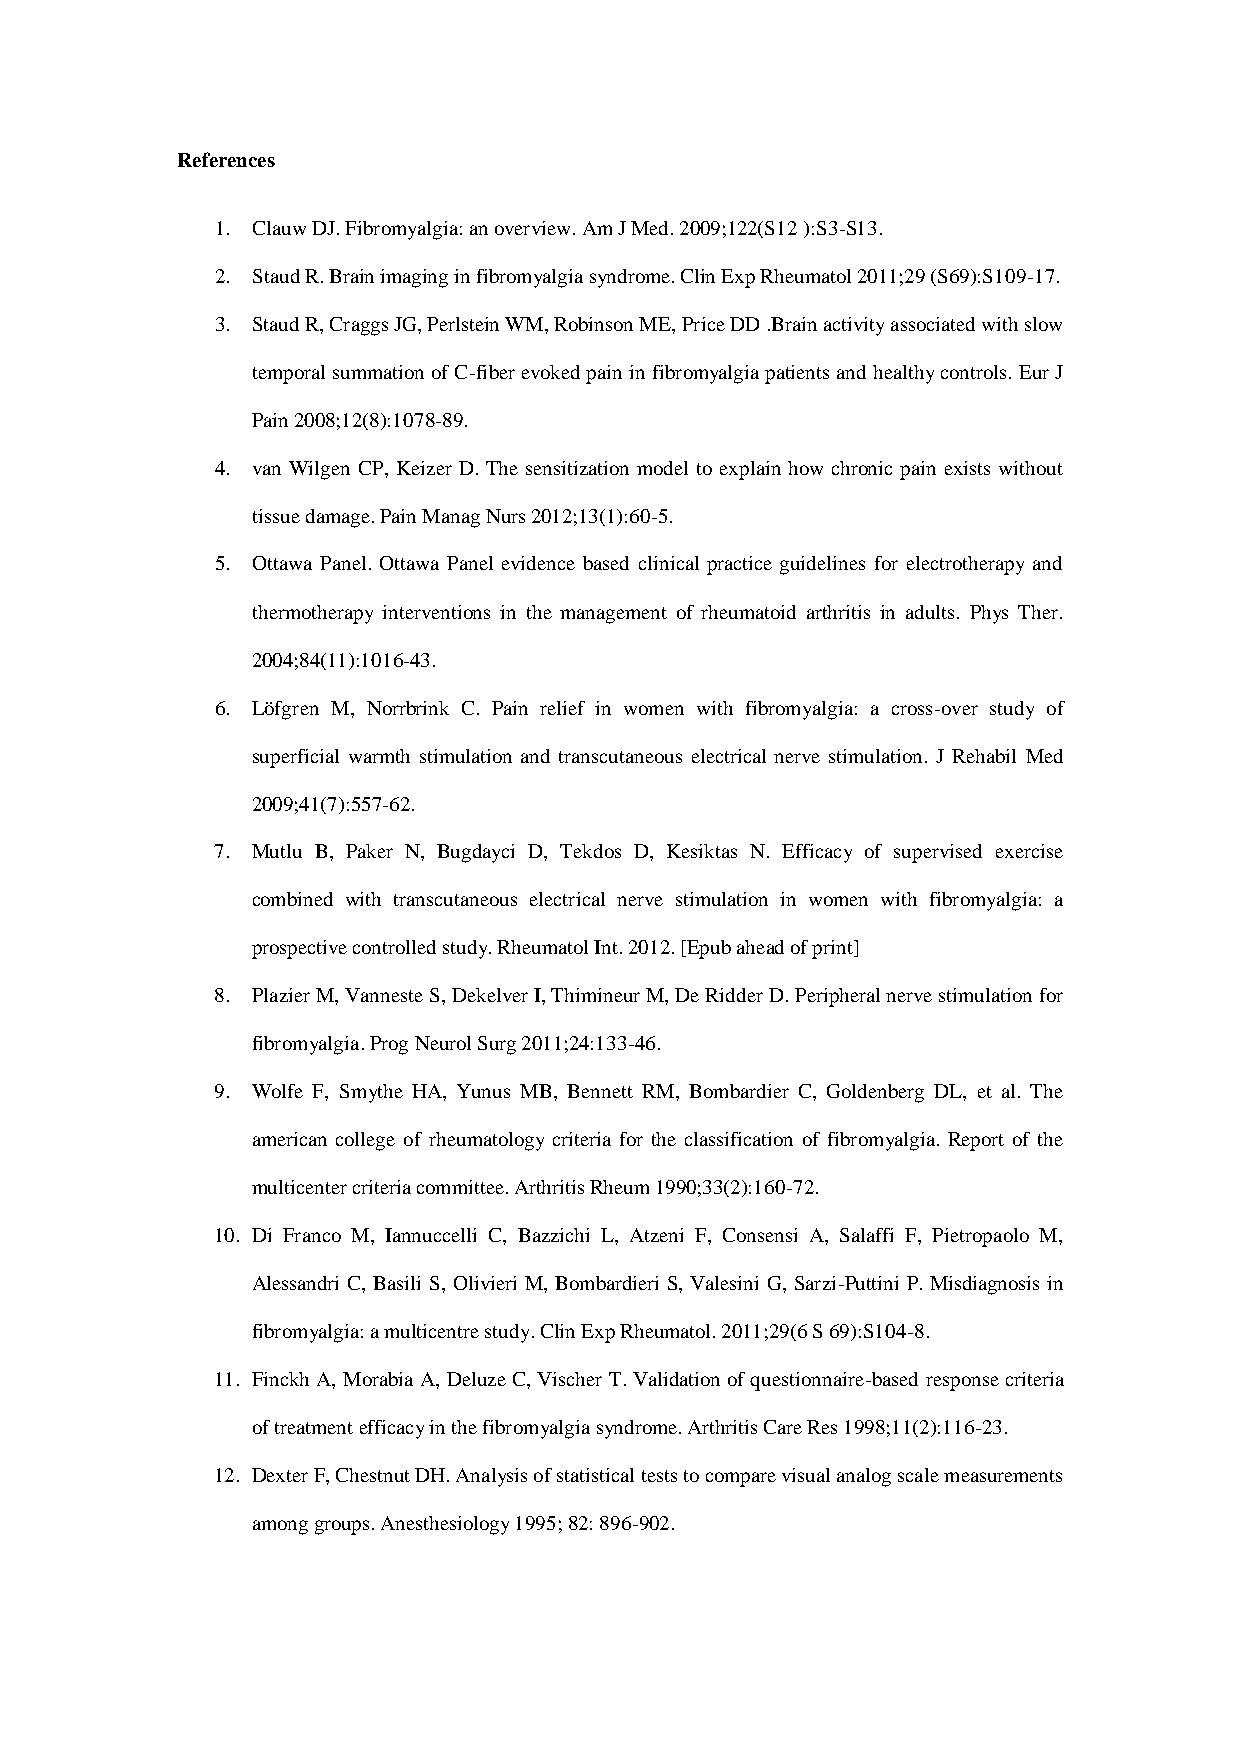
References
 1. Clauw DJ. Fibromyalgia: an overview. Am J Med. 2009;122(S12 ):S3-S13.
 2. Staud R. Brain imaging in fibromyalgia syndrome. Clin Exp Rheumatol 2011;29 (S69):S109-17.
 3. Staud R, Craggs JG, Perlstein WM, Robinson ME, Price DD .Brain activity associated with slow
 temporal summation of C-fiber evoked pain in fibromyalgia patients and healthy controls. Eur J
 Pain 2008;12(8):1078-89.
 4. van Wilgen CP, Keizer D. The sensitization model to explain how chronic pain exists without
 tissue damage. Pain Manag Nurs 2012;13(1):60-5.
 5. Ottawa Panel. Ottawa Panel evidence based clinical practice guidelines for electrotherapy and
 thermotherapy interventions in the management of rheumatoid arthritis in adults. Phys Ther.
 2004;84(11):1016-43.
 6. Löfgren M, Norrbrink C. Pain relief in women with fibromyalgia: a cross-over study of
 superficial warmth stimulation and transcutaneous electrical nerve stimulation. J Rehabil Med
 2009;41(7):557-62.
 7. Mutlu B, Paker N, Bugdayci D, Tekdos D, Kesiktas N. Efficacy of supervised exercise
 combined with transcutaneous electrical nerve stimulation in women with fibromyalgia: a
 prospective controlled study. Rheumatol Int. 2012. [Epub ahead of print]
 8. Plazier M, Vanneste S, Dekelver I, Thimineur M, De Ridder D. Peripheral nerve stimulation for
 fibromyalgia. Prog Neurol Surg 2011;24:133-46.
 9. Wolfe F, Smythe HA, Yunus MB, Bennett RM, Bombardier C, Goldenberg DL, et al. The
 american college of rheumatology criteria for the classification of fibromyalgia. Report of the
 multicenter criteria committee. Arthritis Rheum 1990;33(2):160-72.
 10. Di Franco M, Iannuccelli C, Bazzichi L, Atzeni F, Consensi A, Salaffi F, Pietropaolo M,
 Alessandri C, Basili S, Olivieri M, Bombardieri S, Valesini G, Sarzi-Puttini P. Misdiagnosis in
 fibromyalgia: a multicentre study. Clin Exp Rheumatol. 2011;29(6 S 69):S104-8.
 11. Finckh A, Morabia A, Deluze C, Vischer T. Validation of questionnaire-based response criteria
 of treatment efficacy in the fibromyalgia syndrome. Arthritis Care Res 1998;11(2):116-23.
 12. Dexter F, Chestnut DH. Analysis of statistical tests to compare visual analog scale measurements
 among groups. Anesthesiology 1995; 82: 896-902.